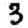
Digit: 3